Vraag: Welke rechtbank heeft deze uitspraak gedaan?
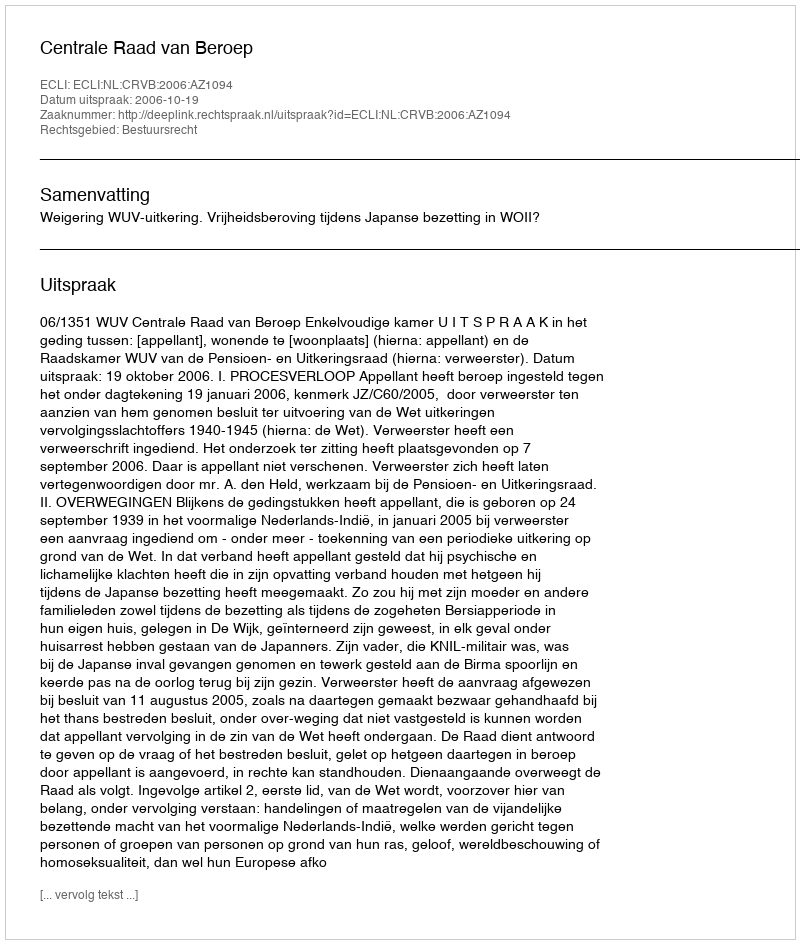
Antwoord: Centrale Raad van Beroep